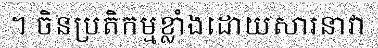
។ ចិនប្រតិកម្មខ្លាំងដោយសារនាវា